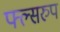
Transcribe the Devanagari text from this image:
फ्ल्सरुप